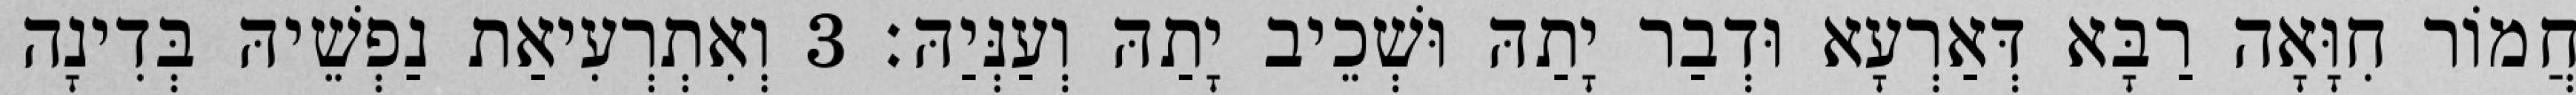
חֲמוֹר חִוָּאָה רַבָּא דְּאַרְעָא וּדְבַר יָתַהּ וּשְׁכֵיב יָתַהּ וְעַנְּיַהּ׃ 3 וְאִתְרְעִיאַת נַפְשֵׁיהּ בְּדִינָה